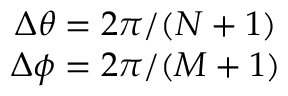
\begin{array} { c } { \Delta \theta = 2 \pi / ( N + 1 ) } \\ { \Delta \phi = 2 \pi / ( M + 1 ) } \end{array}